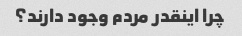
چرا اینقدر مردم وجود دارند؟